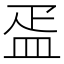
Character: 㿿